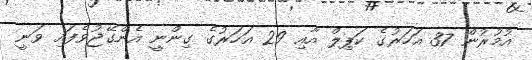
އުމުރުން 37 އަހަރުގެ ކަޕިލް އާއި 29 އަހަރުގެ ގިންނީ އެންގޭޖުވެފައި ވަނީ